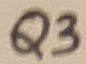
Text: Q3